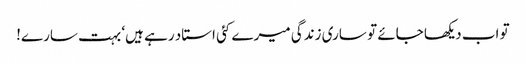
تو اب دیکھا جائے تو ساری زندگی میرے کئی استاد رہے ہیں‘ بہت سارے!